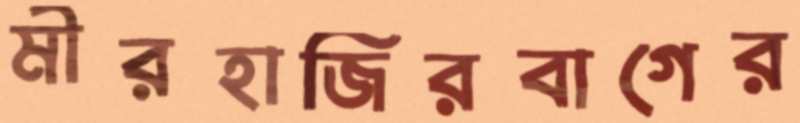
মীরহাজিরবাগের